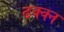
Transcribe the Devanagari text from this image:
ढक्क्न